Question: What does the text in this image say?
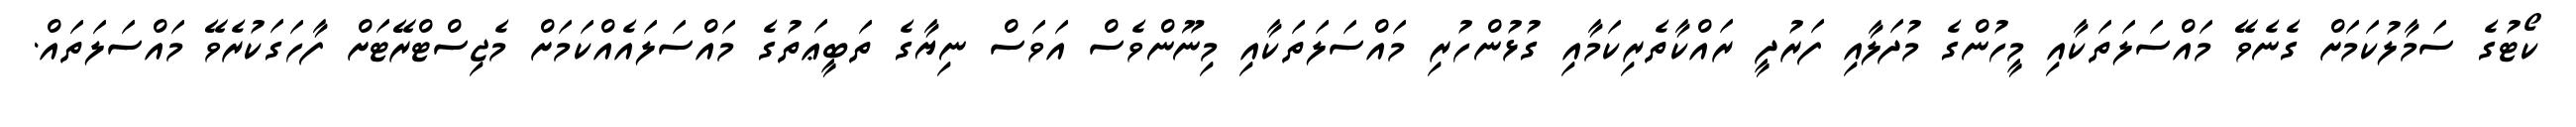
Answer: ކޯޓުގެ ސަމާލުކަމަށް ގެނެވޭ މައްސަލަތަކާއި މީހުންގެ މުދަލާއި ފަރުދީ ރައްކާތެރިކަމާއި ގުޅުންހުރި މައްސަލަތަކާއި މިނޫންވެސް އަވަސް ނިޔާގެ ތަބީޢަތުގެ މައްސަލައެއްކަމަށް މެޖިސްޓްރޭޓަށް ފާހަގަކުރެވޭ މައްސަލަތައް.